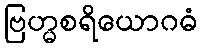
ဗြဟ္မစရိယောဂဓံ